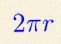
2\pi r